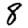
Digit: 8